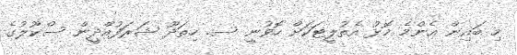
މި ބައިން އެންމެ މޮޅު އެތުލީޓަކަށް ހޮވުނީ ސ. ހިތަދޫ ޝަރަފުއްދީން ސްކޫލުގެ